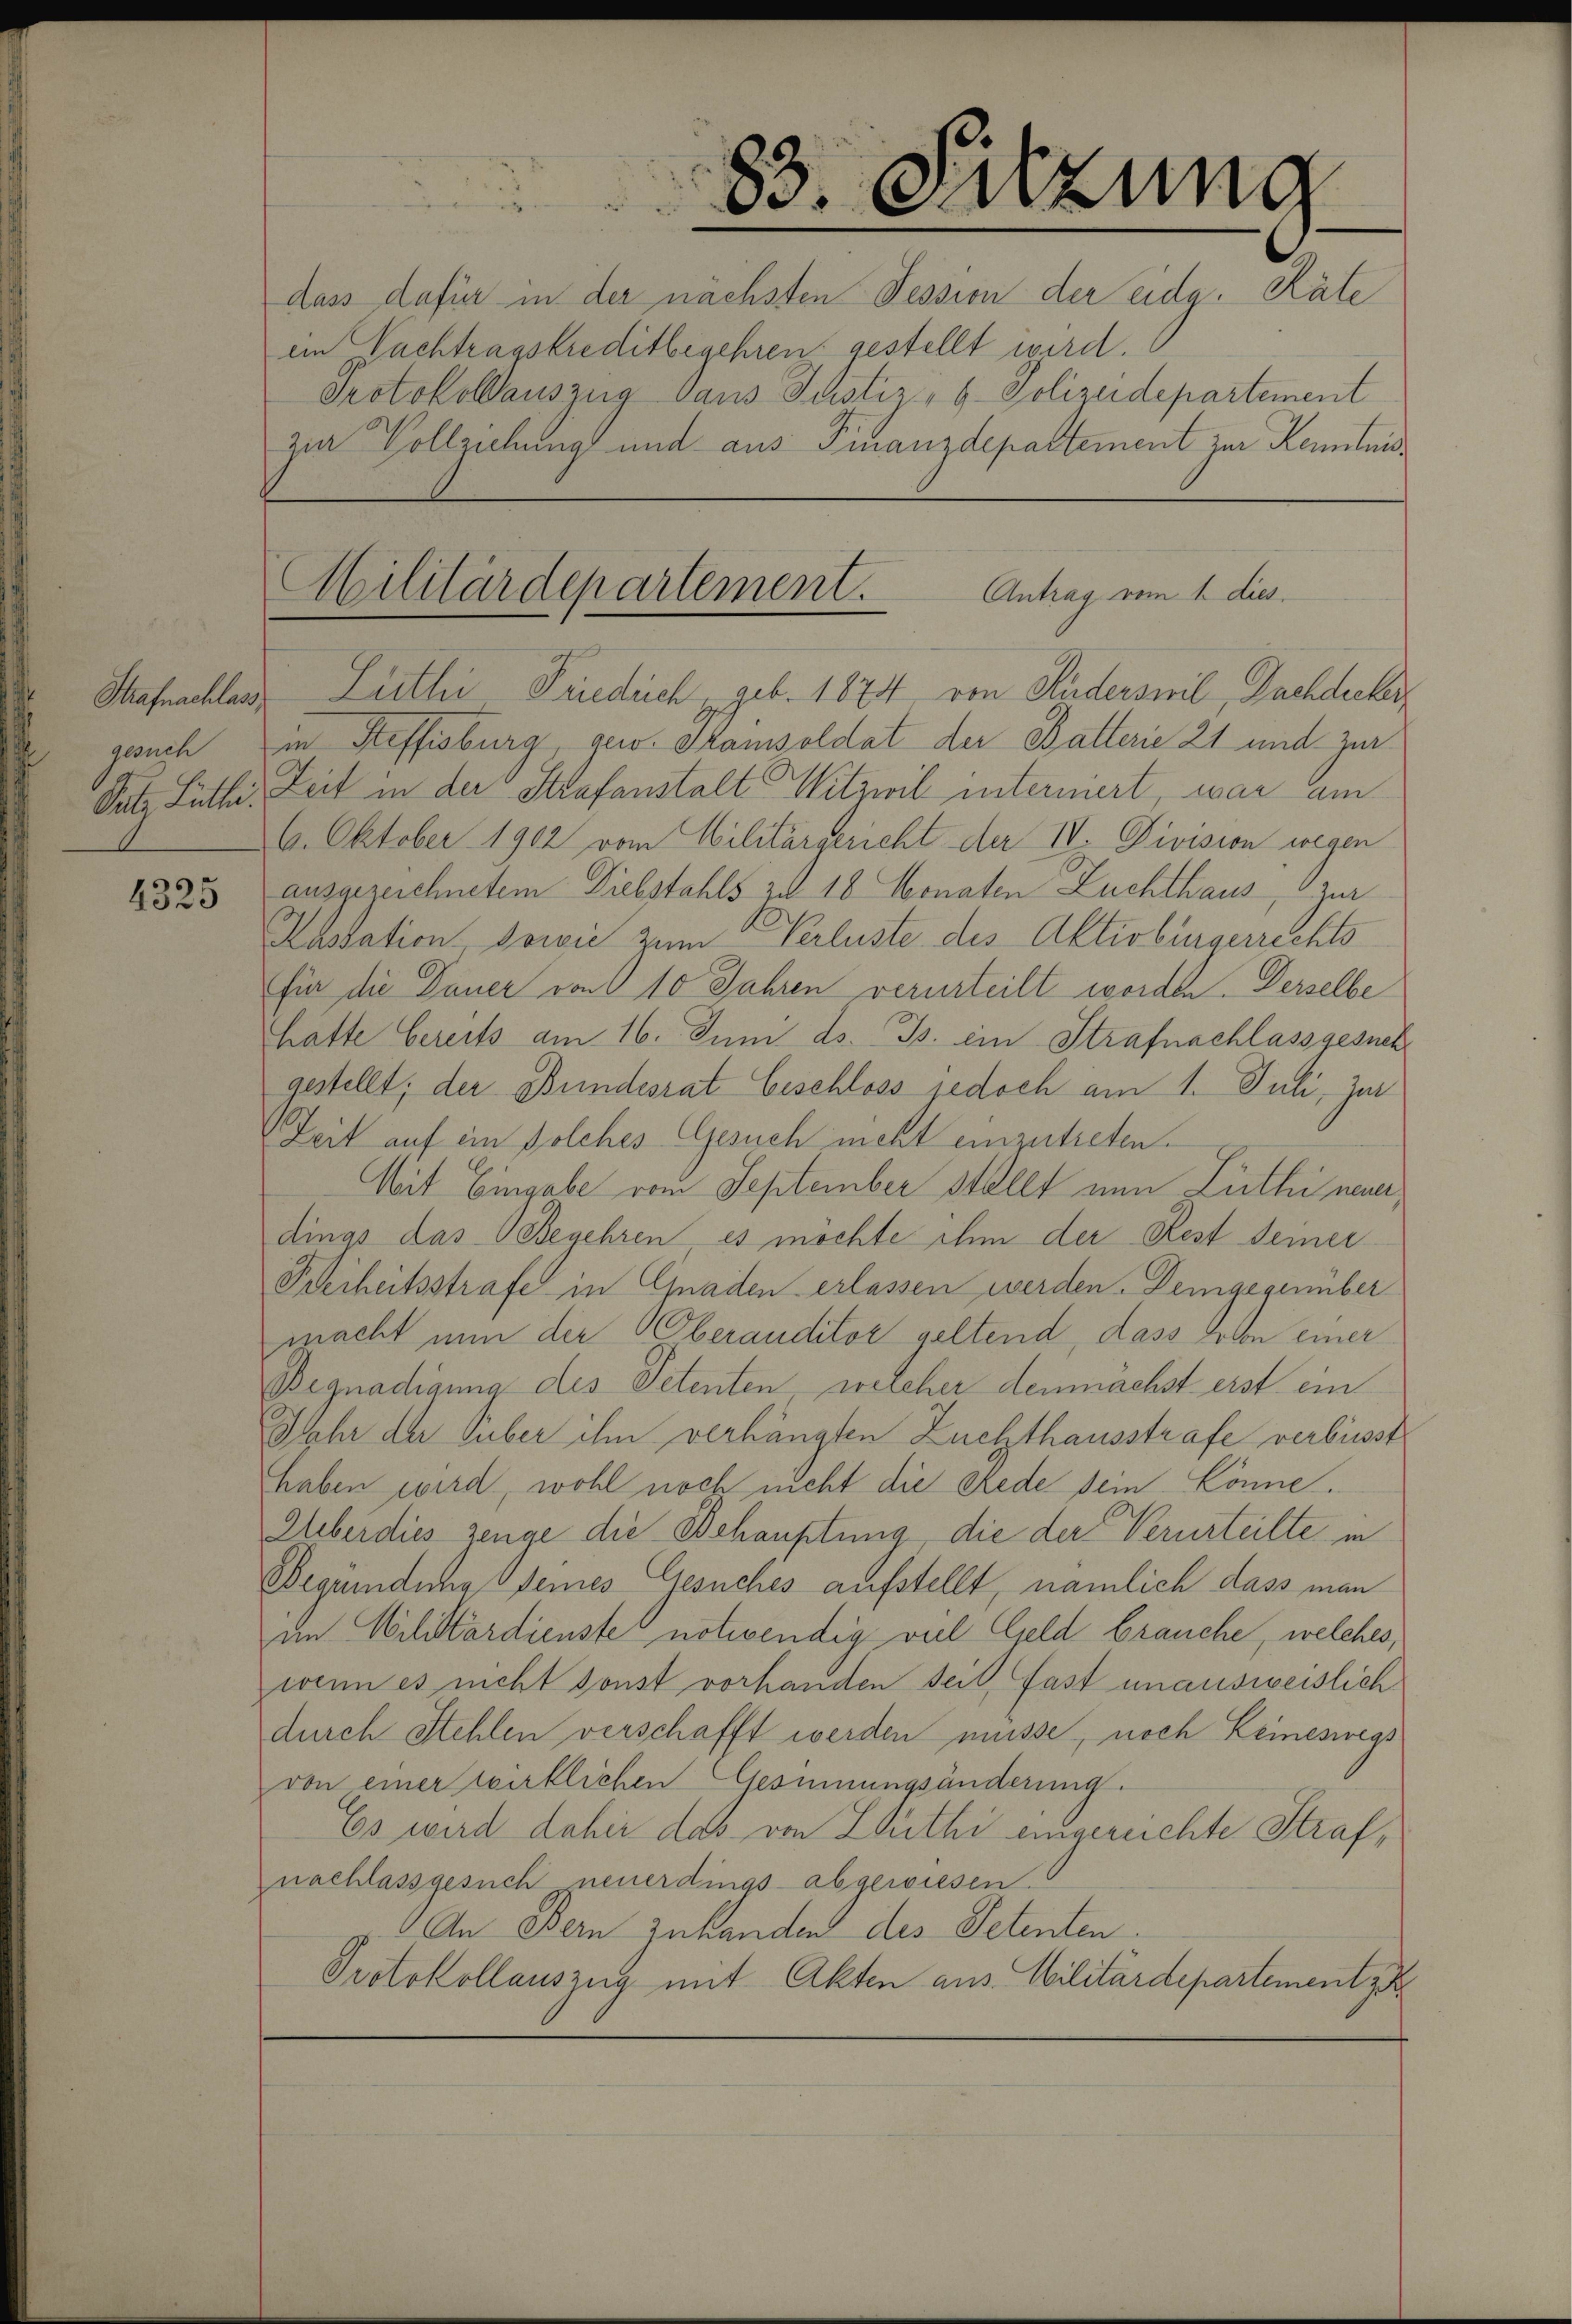
gauch

4325

dass dafür in der nächsten Pession der eidg. Räte
en Nachtragskreditbegehren gestellt wird.
Protokollauszug aus Justiz - 6. Polizeidepartement
zur Vollziehung und aus Finanzdepartement zur Kenntnis¬

83. Sitzung

Stafnachlass Lüthe Friedrich geb. 1874 von Huderswil, Dachdecker
in Steffisburg, gew. Samsoldat der Balterie 21 und zur
Satz Luther Zeit in der Strafanstalt Witzwil interniert, war am
6. Oktober 1902 vom Militärgericht der IV. Division wegen
ausgezeichnetem Diebstahls zu 18 Monaten Zuchthaus, zur
Aassation, sowie zum Verluste des Aktivbürgerrechts
für die Dauer von 10 Jahren verurteilt worden. Derselbe
hatte bereits am 16. Juni d. Js. ein Strafnachlassgesuch
gestellt; der Bundesrat beschloss jedoch am 1. Juli, zu
Zeit auf ein solches Gesuch nicht einzutreten.
Mit Eingabe vom September stellt nun Luthi neuerdings das Begehren es möchte ihm der Rest seiner
Keiheitsstrafe in Gnaden erlassen werden. Demgegumber
macht nun der Oberauditor geltend, dass von einer
Begnadigung des Petenten, welcher demnachst erst ein
Jahr der Guber ihm verhängten Zuchthausstrafe verbüsst
haben wird, wohl noch nicht die Rede sein könne.
Uberdies zeuge die Behauptung, die der Verurteilte in
Begündung seines Gesuches aufstellt, nämlich dass man
im Militärdienste notwendig viel Geld brauche, welches,
wenn es nicht sonst vorhanden sei, fast unausweislich
durch Stehlen verschafft werden müsse, noch keineswegs
von einer wirklichen Gesinnungsänderung.
Es wird daher das von Zuthi eingereichte Strafnachlassgesuch neuerdings abgewiesen.
An Bern zuhanden des Petenten.
Protokollauszug mit Akten aus Militärdepartement z

Militärdepartement. Antrag vom 1. dies